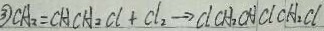
\textcircled { 3 } C A _ { 2 } = C H C H _ { 2 } C l + C l _ { 2 } \rightarrow C l C H _ { 2 } C H C l C H _ { 2 } C l